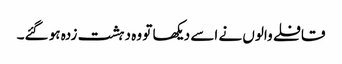
قافلے والوں نے اسے دیکھا تو وہ دہشت زدہ ہو گئے۔